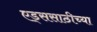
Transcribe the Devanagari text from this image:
एड्ससाठीच्या